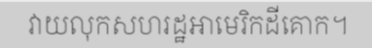
វាយលុកសហរដ្ឋអាមេរិកដីគោក។